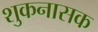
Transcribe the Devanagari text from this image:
शुकनासक